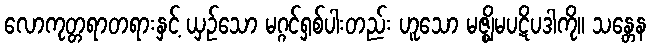
လောကုတ္တရာတရားနှင့် ယှဉ်သော မဂ္ဂင်ရှစ်ပါးတည်း ဟူသော မဇ္ဈိမပဋိပဒါကို။ သန္တေန